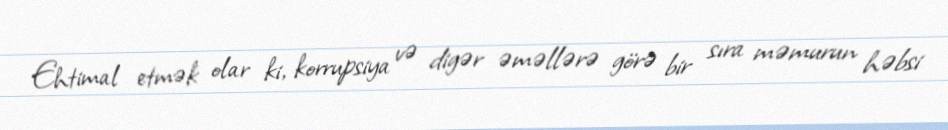
Ehtimal etmək olar ki, korrupsiya və digər əməllərə görə bir sıra məmurun həbsi